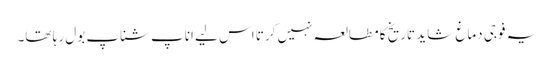
یہ فوجی دماغ شاید تاریخ کا مطالعہ نہیں کرتا اس لیے اناپ شناپ بول رہا تھا۔